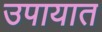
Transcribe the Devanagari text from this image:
उपायात